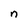
Character: n